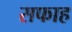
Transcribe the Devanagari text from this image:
सफाह